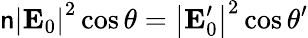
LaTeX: \mathsf{n}\left\vert\mathbf{{E}}_{0}\right\vert^{2}\cos\theta=\left\vert\mathbf{{E}}_{0}^{\prime}\right\vert^{2}\cos\theta^{\prime}